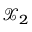
\mathcal { X } _ { 2 }